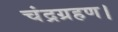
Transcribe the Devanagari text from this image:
चंद्रग्रहण।